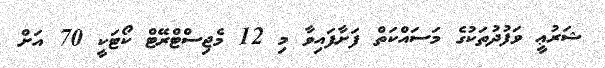
ޝަރުޢީ ވަފުދުތަކުގެ މަސައްކަތް ފަށާފައިވާ މި 12 މެޖިސްޓްރޭޓް ކޯޓަކީ 70 އަށް